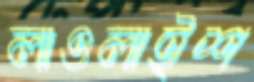
লাওলাইশ